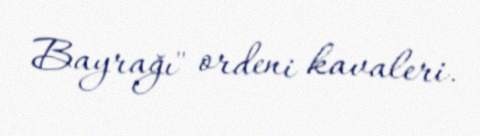
Bayrağı" ordeni kavaleri.